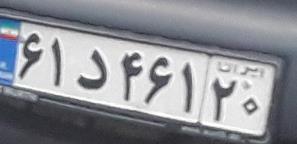
۶۱د۴۶۱۲۰